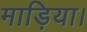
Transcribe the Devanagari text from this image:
माड़िया।